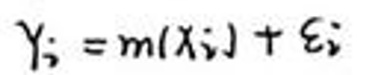
$y_i = m(x_i)+\epsilon_i$